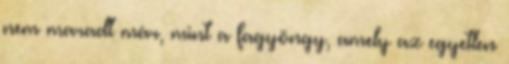
nem maradt már, mint a fagyöngy, amely az egyetlen